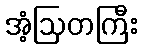
အံ့ဩတကြီး